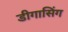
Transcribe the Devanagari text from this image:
डीगासिंग